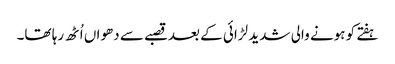
ہفتے کو ہونے والی شدید لڑائی کے بعدقصبے سے دھواں اُٹھ رہا تھا۔